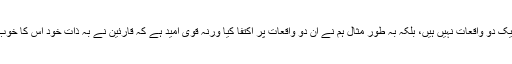
ویسے یہ کوئی ایک دو واقعات نہیں ہیں، بلکہ بہ طور مثال ہم نے ان دو واقعات پر اکتفا کیا ورنہ قوی امید ہے کہ قارئین نے بہ ذاتِ خود اس کا خوب مشاہدہ کیا ہوگا۔